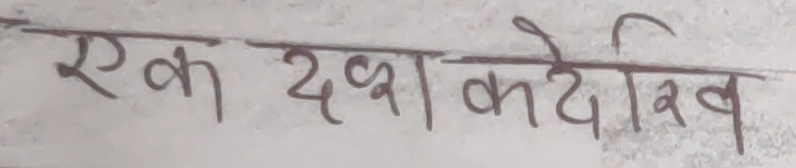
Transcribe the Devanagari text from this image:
एक दक्ष कदेखाल